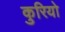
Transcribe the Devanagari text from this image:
कुरियो